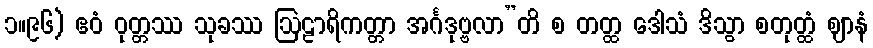
၁။၉၆) ဧဝံ ဝုတ္တဿ သုခဿ ဩဠာရိကတ္တာ အင်္ဂဒုဗ္ဗလာ”တိ စ တတ္ထ ဒေါသံ ဒိသွာ စတုတ္ထံ ဈာနံ